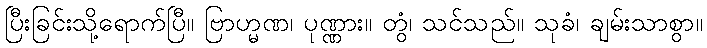
ပြီးခြင်းသို့ရောက်ပြီ။ ဗြာဟ္မဏ၊ ပုဏ္ဏား။ တွံ၊ သင်သည်။ သုခံ၊ ချမ်းသာစွာ။